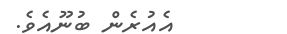
އެއުރެން ބުނޫއެވެ.